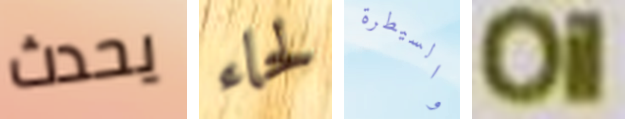
يحدث لحاء والسيطرة Oil